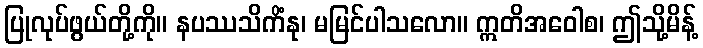
ပြုလုပ်ဖွယ်တို့ကို။ နပဿသိကိံနု၊ မမြင်ပါသလော။ ဣတိအဝေါစ၊ ဤသို့မိန့်